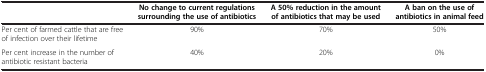
<table><thead><tr><td><b> </b></td><td><b>No change to current regulations surrounding the use of antibiotics</b></td><td><b>A 50% reduction in the amount of antibiotics that may be used</b></td><td><b>A ban on the use of antibiotics in animal feed</b></td></tr></thead><tbody><tr><td>Per cent of farmed cattle that are free of infection over their lifetime</td><td>90%</td><td>70%</td><td>50%</td></tr><tr><td>Per cent increase in the number of antibiotic resistant bacteria</td><td>40%</td><td>20%</td><td>0%</td></tr></tbody></table>